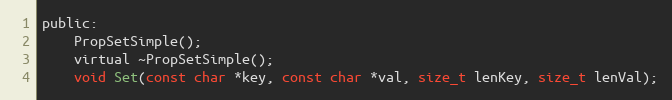
Language: C
public:
	PropSetSimple();
	virtual ~PropSetSimple();
	void Set(const char *key, const char *val, size_t lenKey, size_t lenVal);